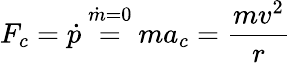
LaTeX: F_{c}={\dot{p}}\ {\overset{{\dot{m}}=0}{=}}\ ma_{c}={\frac{mv^{2}}{r}}